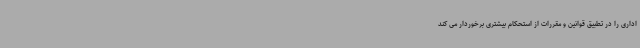
اداری را در تطبیق قوانین و مقررات از استحکام بیشتری برخوردار می کند